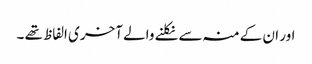
اور ان کے منہ سے نکلنے والے آخری الفاظ تھے ۔